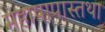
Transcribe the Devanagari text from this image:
महापापास्तथा